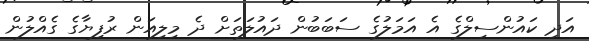
އަދި ކައުންސިލްގެ އެ އަމަލުގެ ސަބަބުން ދައުލަތަށް ދެ މިލިއަން ރުފިޔާގެ ގެއްލުން